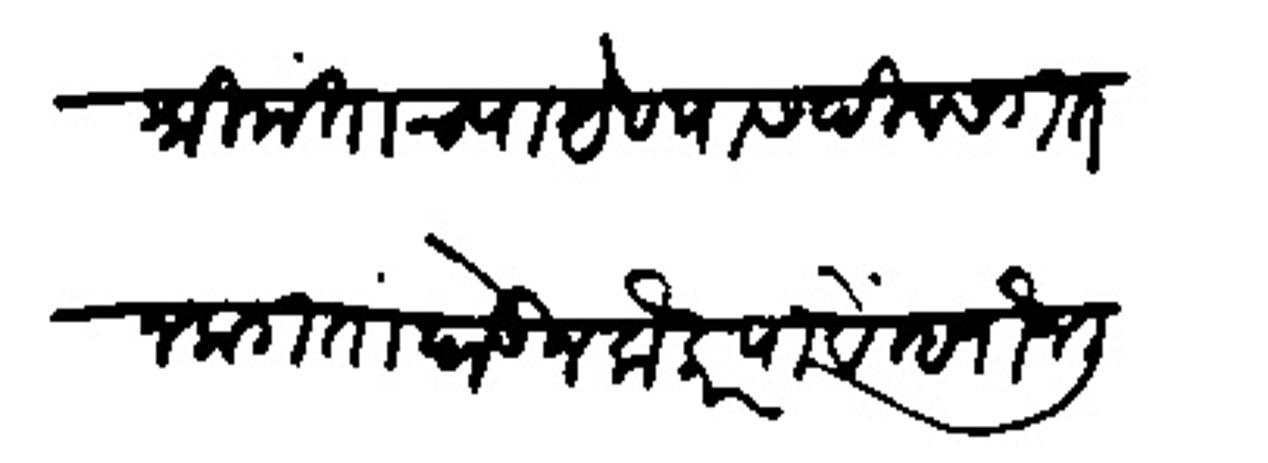
Transliteration (Devanagari): श्रीमंताच्या येण्यास दिवसगत न लागतां पेऊन लौकर यावे म्हणोन लिहिलें